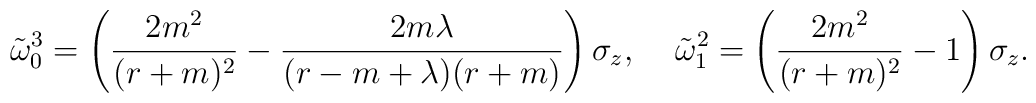
\tilde{\omega}^3_0=\left({2m^2\over (r+m)^2}-{2m\lambda\over(r-m+\lambda)(r+m)}\right)\sigma_z,\:\:\:\:\:\tilde{\omega}^2_1=\left({2m^2\over (r+m)^2}-1\right)\sigma_z.